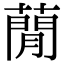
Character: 蕑